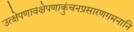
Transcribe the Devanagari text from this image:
उत्क्षेपणावक्षेपणाकुंचनप्रसारणगमनानि